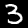
Label: 3